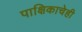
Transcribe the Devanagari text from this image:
पाक्षिकाचेही